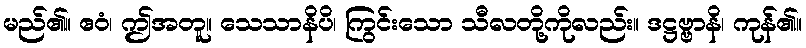
မည်၏။ ဧဝံ၊ ဤအတူ။ သေသာနိပိ၊ ကြွင်းသော သီလတို့ကိုလည်း။ ဒဋ္ဌဗ္ဗာနိ၊ ကုန်၏။